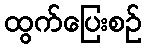
ထွက်ပြေးစဉ်